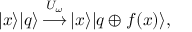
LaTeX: | x \rangle | q \rangle \, { \overset { U _ { \omega } } { \longrightarrow } } \, | x \rangle | q \oplus f ( x ) \rangle ,